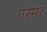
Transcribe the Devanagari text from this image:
गरमर